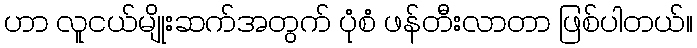
ဟာ လူငယ်မျိုးဆက်အတွက် ပုံစံ ဖန်တီးလာတာ ဖြစ်ပါတယ်။